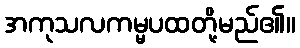
အကုသလကမ္မပထတို့မည်၏။